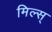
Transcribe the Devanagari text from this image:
मिल्स्